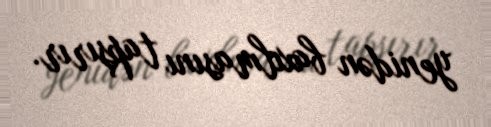
yenidən baxılmasını tapşırır.